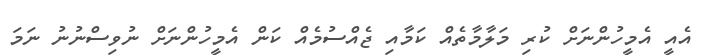
އެއީ އެމީހުންނަށް ކުރި މަލާމާތެއް ކަމާއި ޖެއްސުމެއް ކަން އެމީހުންނަށް ނުވިސްނުނު ނަމަ